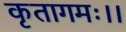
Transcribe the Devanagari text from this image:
कृतागमः।।